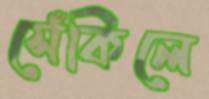
সেঁকিলে